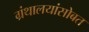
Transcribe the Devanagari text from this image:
ग्रंथालयांसोबत